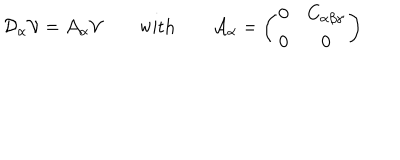
LaTeX: { \cal D } _ { \alpha } { \cal V } = { \cal A } _ { \alpha } { \cal V } \qquad \mathrm { w i t h } \qquad { \cal A } _ { \alpha } = \left( \begin{matrix} { { 0 } } & { { C _ { \alpha \beta \gamma } } } \\ { { 0 } } & { { 0 } } \\ \end{matrix} \right)